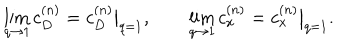
LaTeX: \lim _ { q \to 1 } c _ { D } ^ { ( n ) } = c _ { D } ^ { ( n ) } \big | _ { q = 1 } , \qquad \lim _ { q \to 1 } c _ { x } ^ { ( n ) } = c _ { x } ^ { ( n ) } \big | _ { q = 1 } .